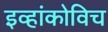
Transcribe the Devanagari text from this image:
इव्हांकोविच